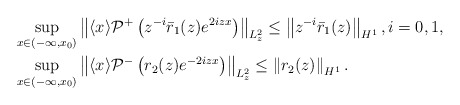
\begin{align*}&\sup _{x \in\left( -\infty, x_{0} \right)}\left\| \langle x\rangle \mathcal{P}^{+}\left(z^{-i}\bar{r}_1(z) e^{ 2i z x}\right)\right\|_{L_z^2}\leq\left\|z^{-i}\bar r_1(z)\right\|_{H^1},i=0,1,\\&\sup _{x \in \left( -\infty, x_{0} \right)}\left\|\langle x\rangle \mathcal{P}^-\left(r_2(z) e^{-2iz x}\right)\right\|_{L_{z}^2}\leq\left\|r_2(z)\right\|_{H^1}.\end{align*}